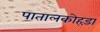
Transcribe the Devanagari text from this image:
पातालकोहड़ा